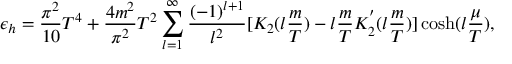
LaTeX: \epsilon _ { h } = { \frac { \pi ^ { 2 } } { 1 0 } } T ^ { 4 } + { \frac { 4 m ^ { 2 } } { \pi ^ { 2 } } } T ^ { 2 } \sum _ { l = 1 } ^ { \infty } { \frac { ( - 1 ) ^ { l + 1 } } { l ^ { 2 } } } [ K _ { 2 } ( l { \frac { m } { T } } ) - l { \frac { m } { T } } K _ { 2 } ^ { ' } ( l { \frac { m } { T } } ) ] \cosh ( l { \frac { \mu } { T } } ) ,